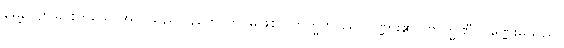
မွေ့လျော်ခြင်းဟူသောအလိုသည်။ နဟောတိ၊ မဖြစ်။ ဗြာဟ္မဏဿ၊ ပုဏ္ဏား၏။ ဗြာဟ္မဏီ၊ ပုဏ္ဏေးမသည်။